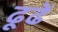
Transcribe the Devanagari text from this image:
ढूढें